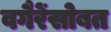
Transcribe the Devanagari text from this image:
वगैरेंसोबत